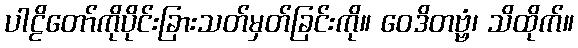
ပါဠိတော်ကိုပိုင်းခြားသတ်မှတ်ခြင်းကို။ ဝေဒိတဗ္ဗံ၊ သိထိုက်။